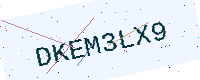
Text: DKEM3LX9